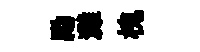
勵灘槐